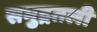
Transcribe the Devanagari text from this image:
समुद्रतली